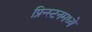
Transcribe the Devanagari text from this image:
प्रिन्स्टनमध्ये